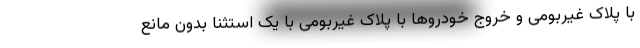
با پلاک غیربومی و خروج خودروها با پلاک غیربومی با یک استثنا بدون مانع